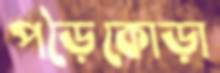
পড়ৈকোড়া